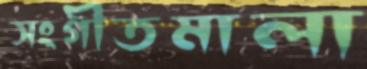
সংগীতমালা